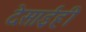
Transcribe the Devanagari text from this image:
देसाईही